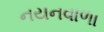
નયનવાળા